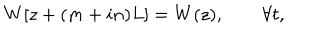
W [ z + ( m + i n ) L ] = W ( z ) , \qquad \forall t ,